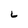
Character: L